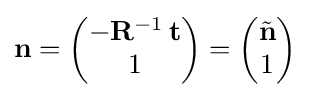
\mathbf {n} ={\begin{pmatrix}-\mathbf {R} ^{-1}\,\mathbf {t} \\1\end{pmatrix}}={\begin{pmatrix}{\tilde {\mathbf {n} }}\\1\end{pmatrix}}